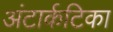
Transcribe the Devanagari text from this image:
अंटार्कटिका